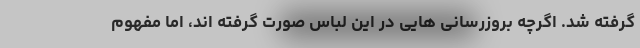
گرفته شد. اگرچه بروزرسانی هایی در این لباس صورت گرفته اند، اما مفهوم